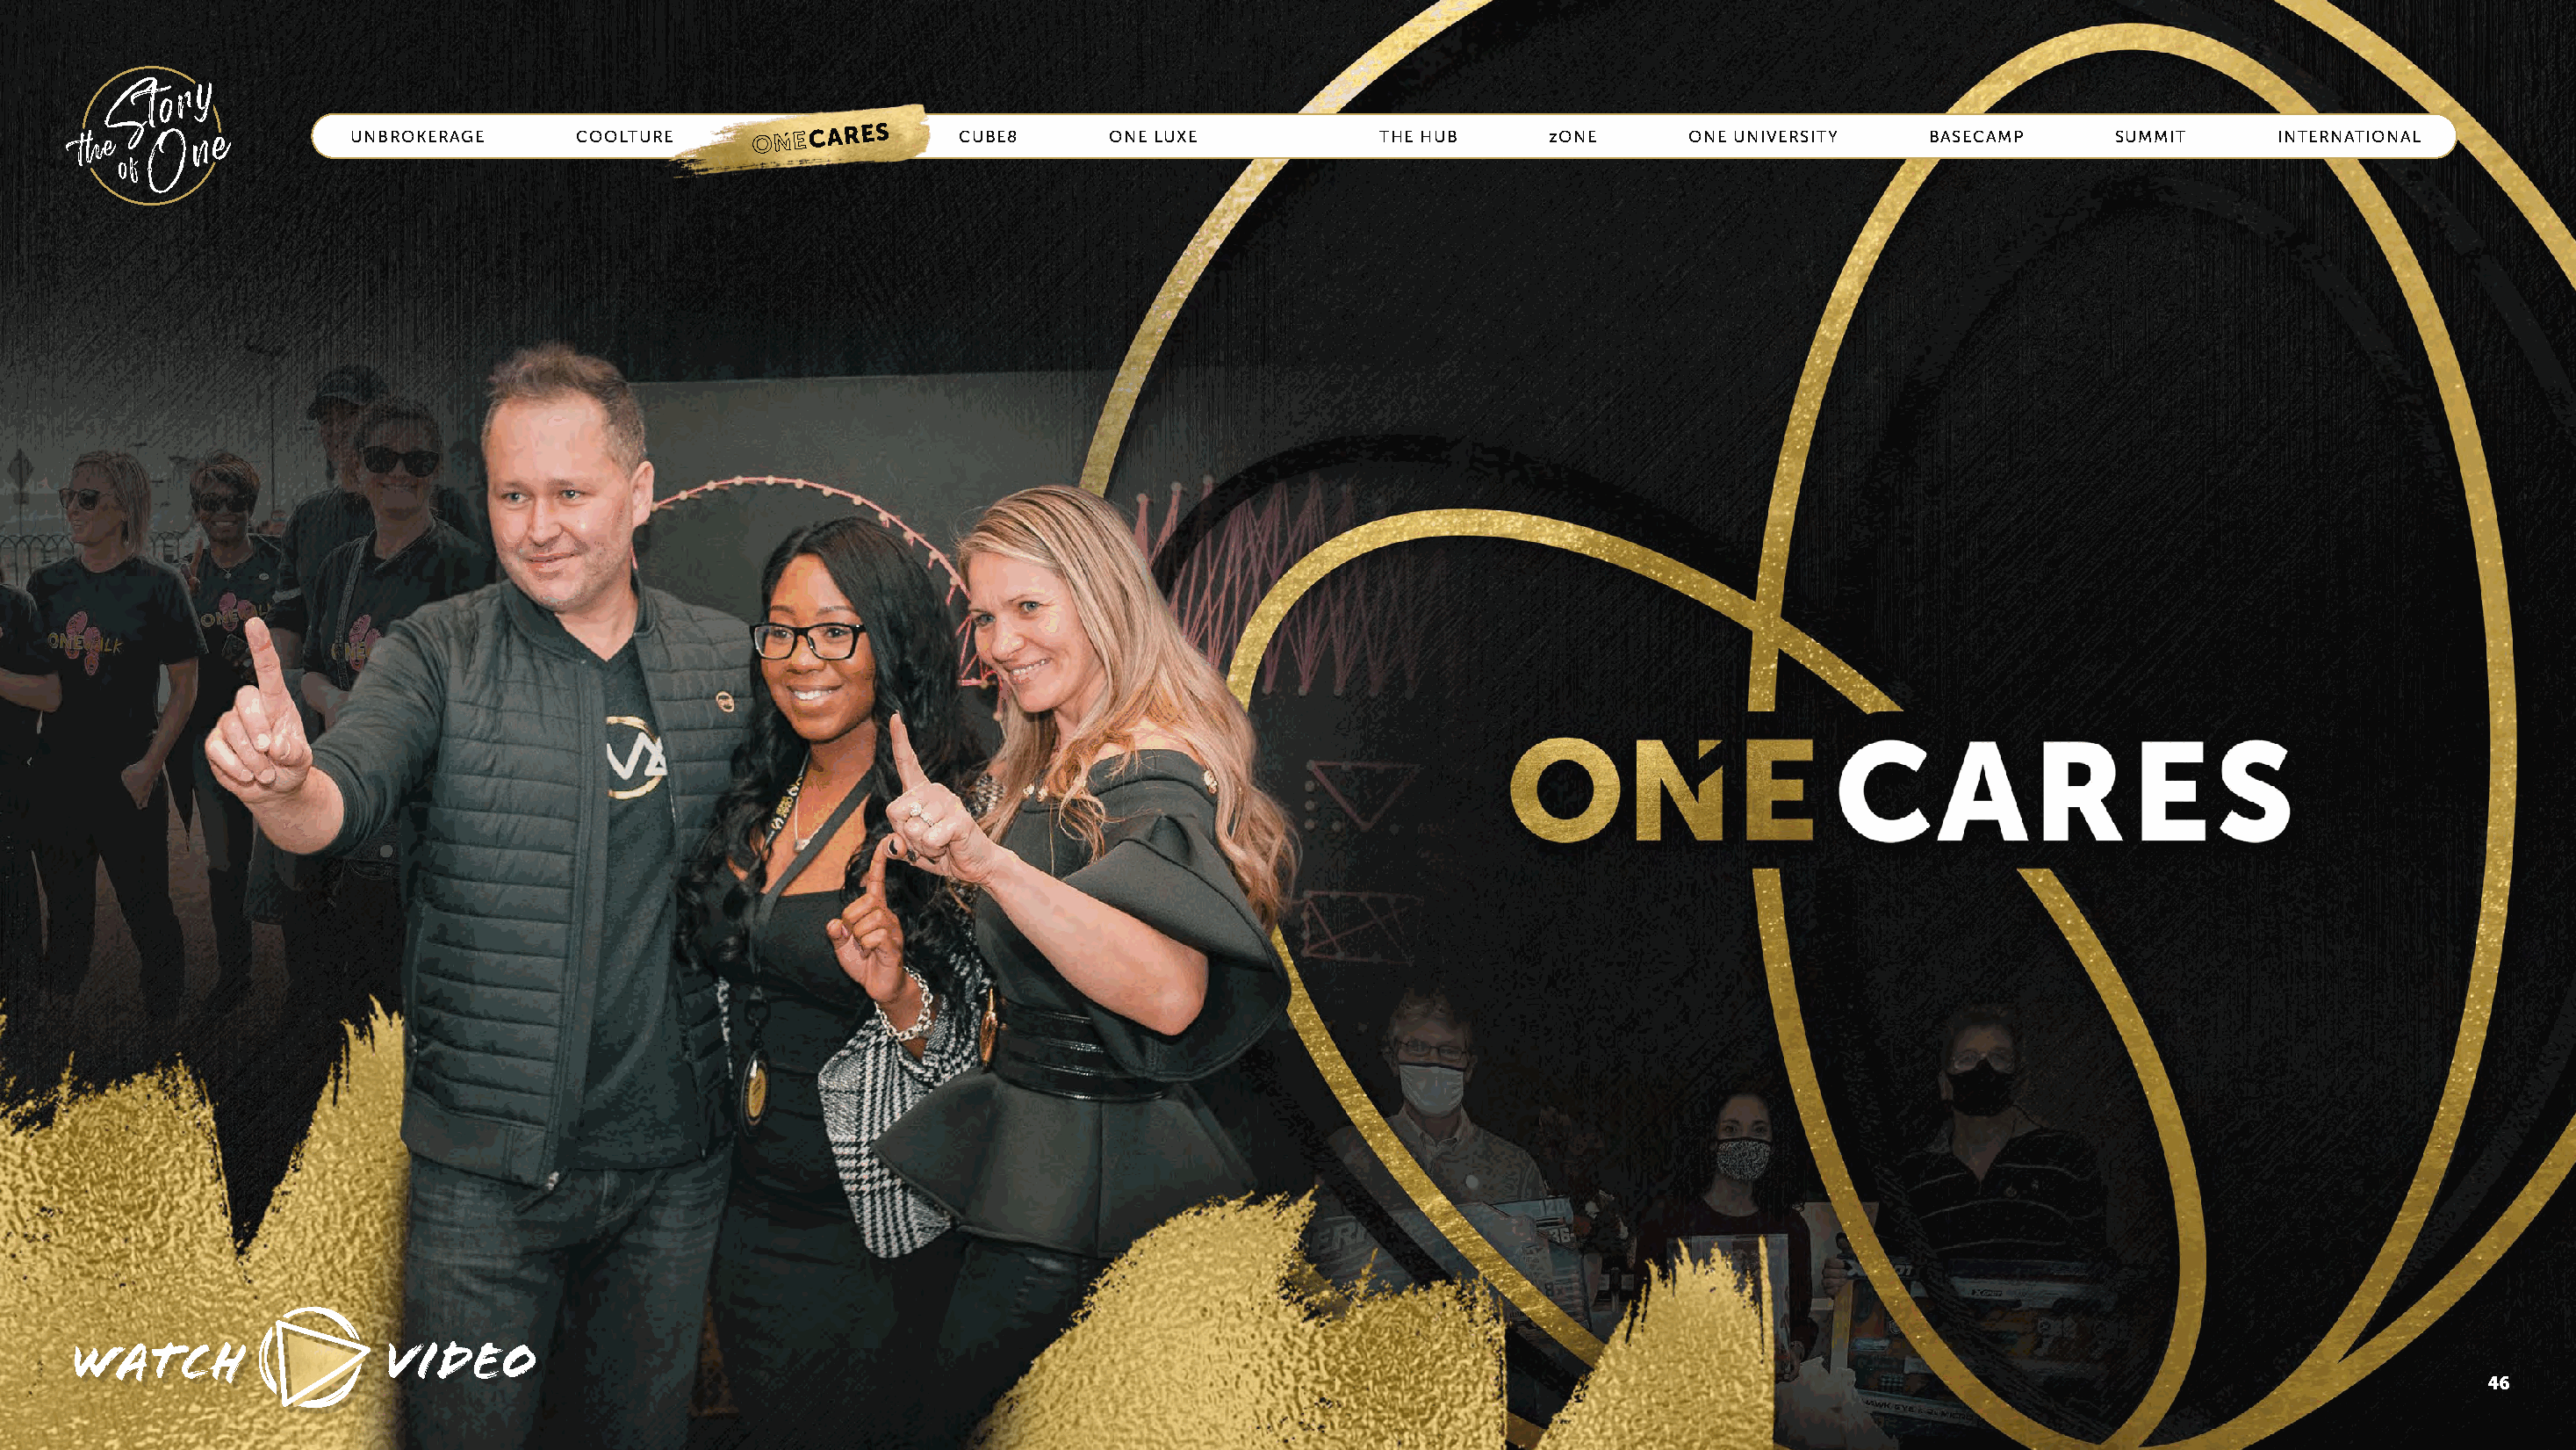
UNBROKERAGE      COOLTURE       ONE CARES     CUBE8       ONE LUXE            THE HUB      zONE      ONE UNIVERSITY    BASECAMP       SUMMIT      INTERNATIONAL
 WATCH                   VIDEO
 46